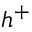
h ^ { + }